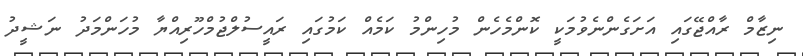
ނިޒާމް ރާއްޖޭގައި އަށަގެންނެވުމަކީ ކޮންމެހެން މުހިންމު ކަމެއް ކަމުގައި ރައީސުލްޖުމްހޫރިއްޔާ މުހަންމަދު ނަޝީދު